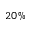
2 0 \%